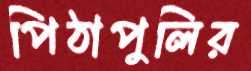
পিঠাপুলির